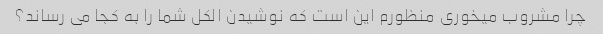
چرا مشروب میخوری منظورم این است که نوشیدن الکل شما را به کجا می رساند؟